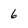
Character: 6